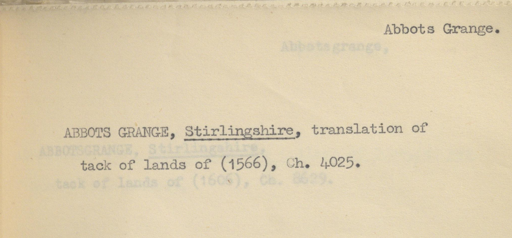
Label: content